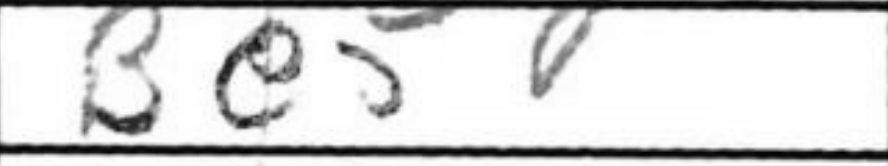
Transcription: Be5